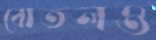
বোতলও